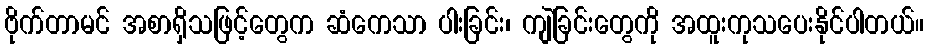
ဗိုက်တာမင် အစာရှိသဖြင့်တွေက ဆံကေသာ ပါးခြင်း၊ ကျဲခြင်းတွေကို အထူးကုသပေးနိုင်ပါတယ်။